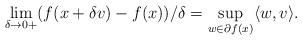
LaTeX: \begin{align*}\lim_{\delta \rightarrow 0+}(f(x+\delta v) - f(x))/\delta = \sup_{w \in \partial f(x)}\langle w, v\rangle.\end{align*}